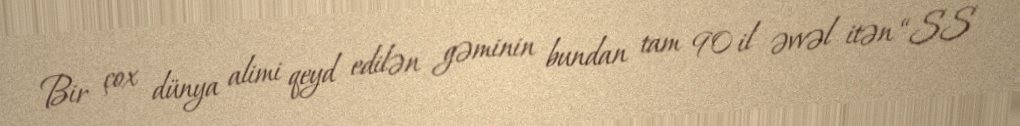
Bir çox dünya alimi qeyd edilən gəminin bundan tam 90 il əvvəl itən “SS